Vaccination in Bombay 1924-1928 - 1924-1928
Year: 1924
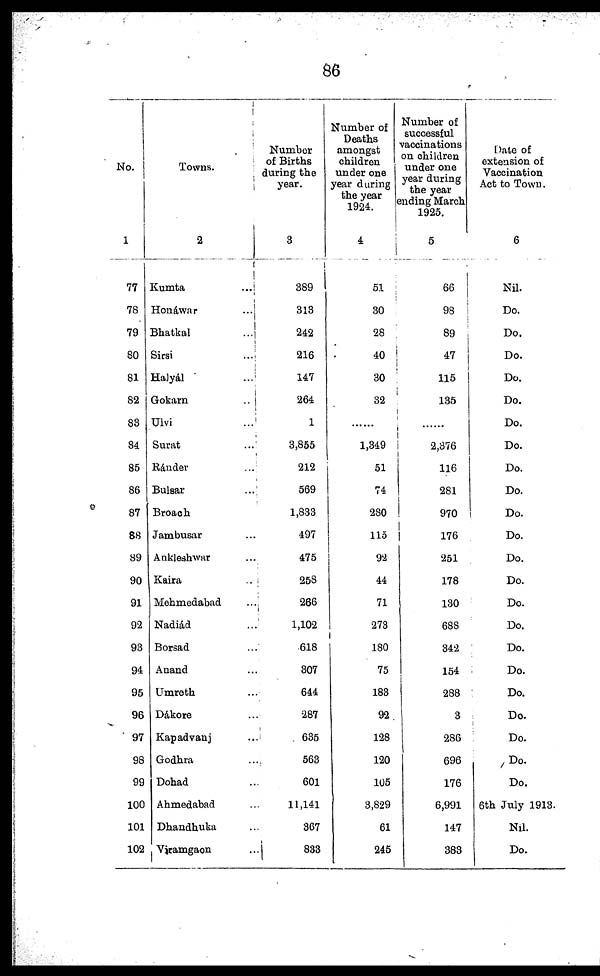
86
No.
1
77
78
79
80
81
82
83
84
85
86
87
88
89
90
91
92
93
94
95
96
97
98
99
100
101
102
Towns.
2
Kumta
...
Honáwar
...
Bhatkal
...
Sirsi
...
Halyál ...
Gokarn
...
Ulvi
...
Surat ...
Ránder ...
Bulsar
...
Broach ...
Jambusar ...
Ankleshwar ...
Kaira
...
Mehmedabad
...
Nadiád ...
Borsad ...
Anand ...
Umreth ...
Dákore ...
Kapadvanj ...
Godhra ...
Dohad ...
Ahmedabad ...
Dhandhuka ...
Viramgaon ...
Number
of Births
during the
year.
3
389
313
242
216
147
264
1
3,855
212
569
1,833
497
475
258
266
1,102
618
307
644
287
635
563
601
11,141
367
833
Number of
Deaths
amongst
children
under one
year during
the year
1924.
4
51
30
28
40
30
32
......
1,349
51
74
280
115
92
44
71
273
180
75
183
92
128
120
105
3,829
61
245
Number of
successful
vaccinations
on children
under one
year during
the year
ending March
1925.
5
66
98
89
47
115
135
......
2,376
116
281
970
176
251
178
130
688
342
154
288
3
286
696
176
6,991
147
383
Date of
extension of
Vaccination
Act to Town.
6
Nil.
Do.
Do.
Do.
Do.
Do.
Do.
Do.
Do.
Do.
Do.
Do.
Do.
Do.
Do.
Do.
Do.
Do.
Do.
Do.
Do.
Do.
Do.
6th July 1913.
Nil.
Do.